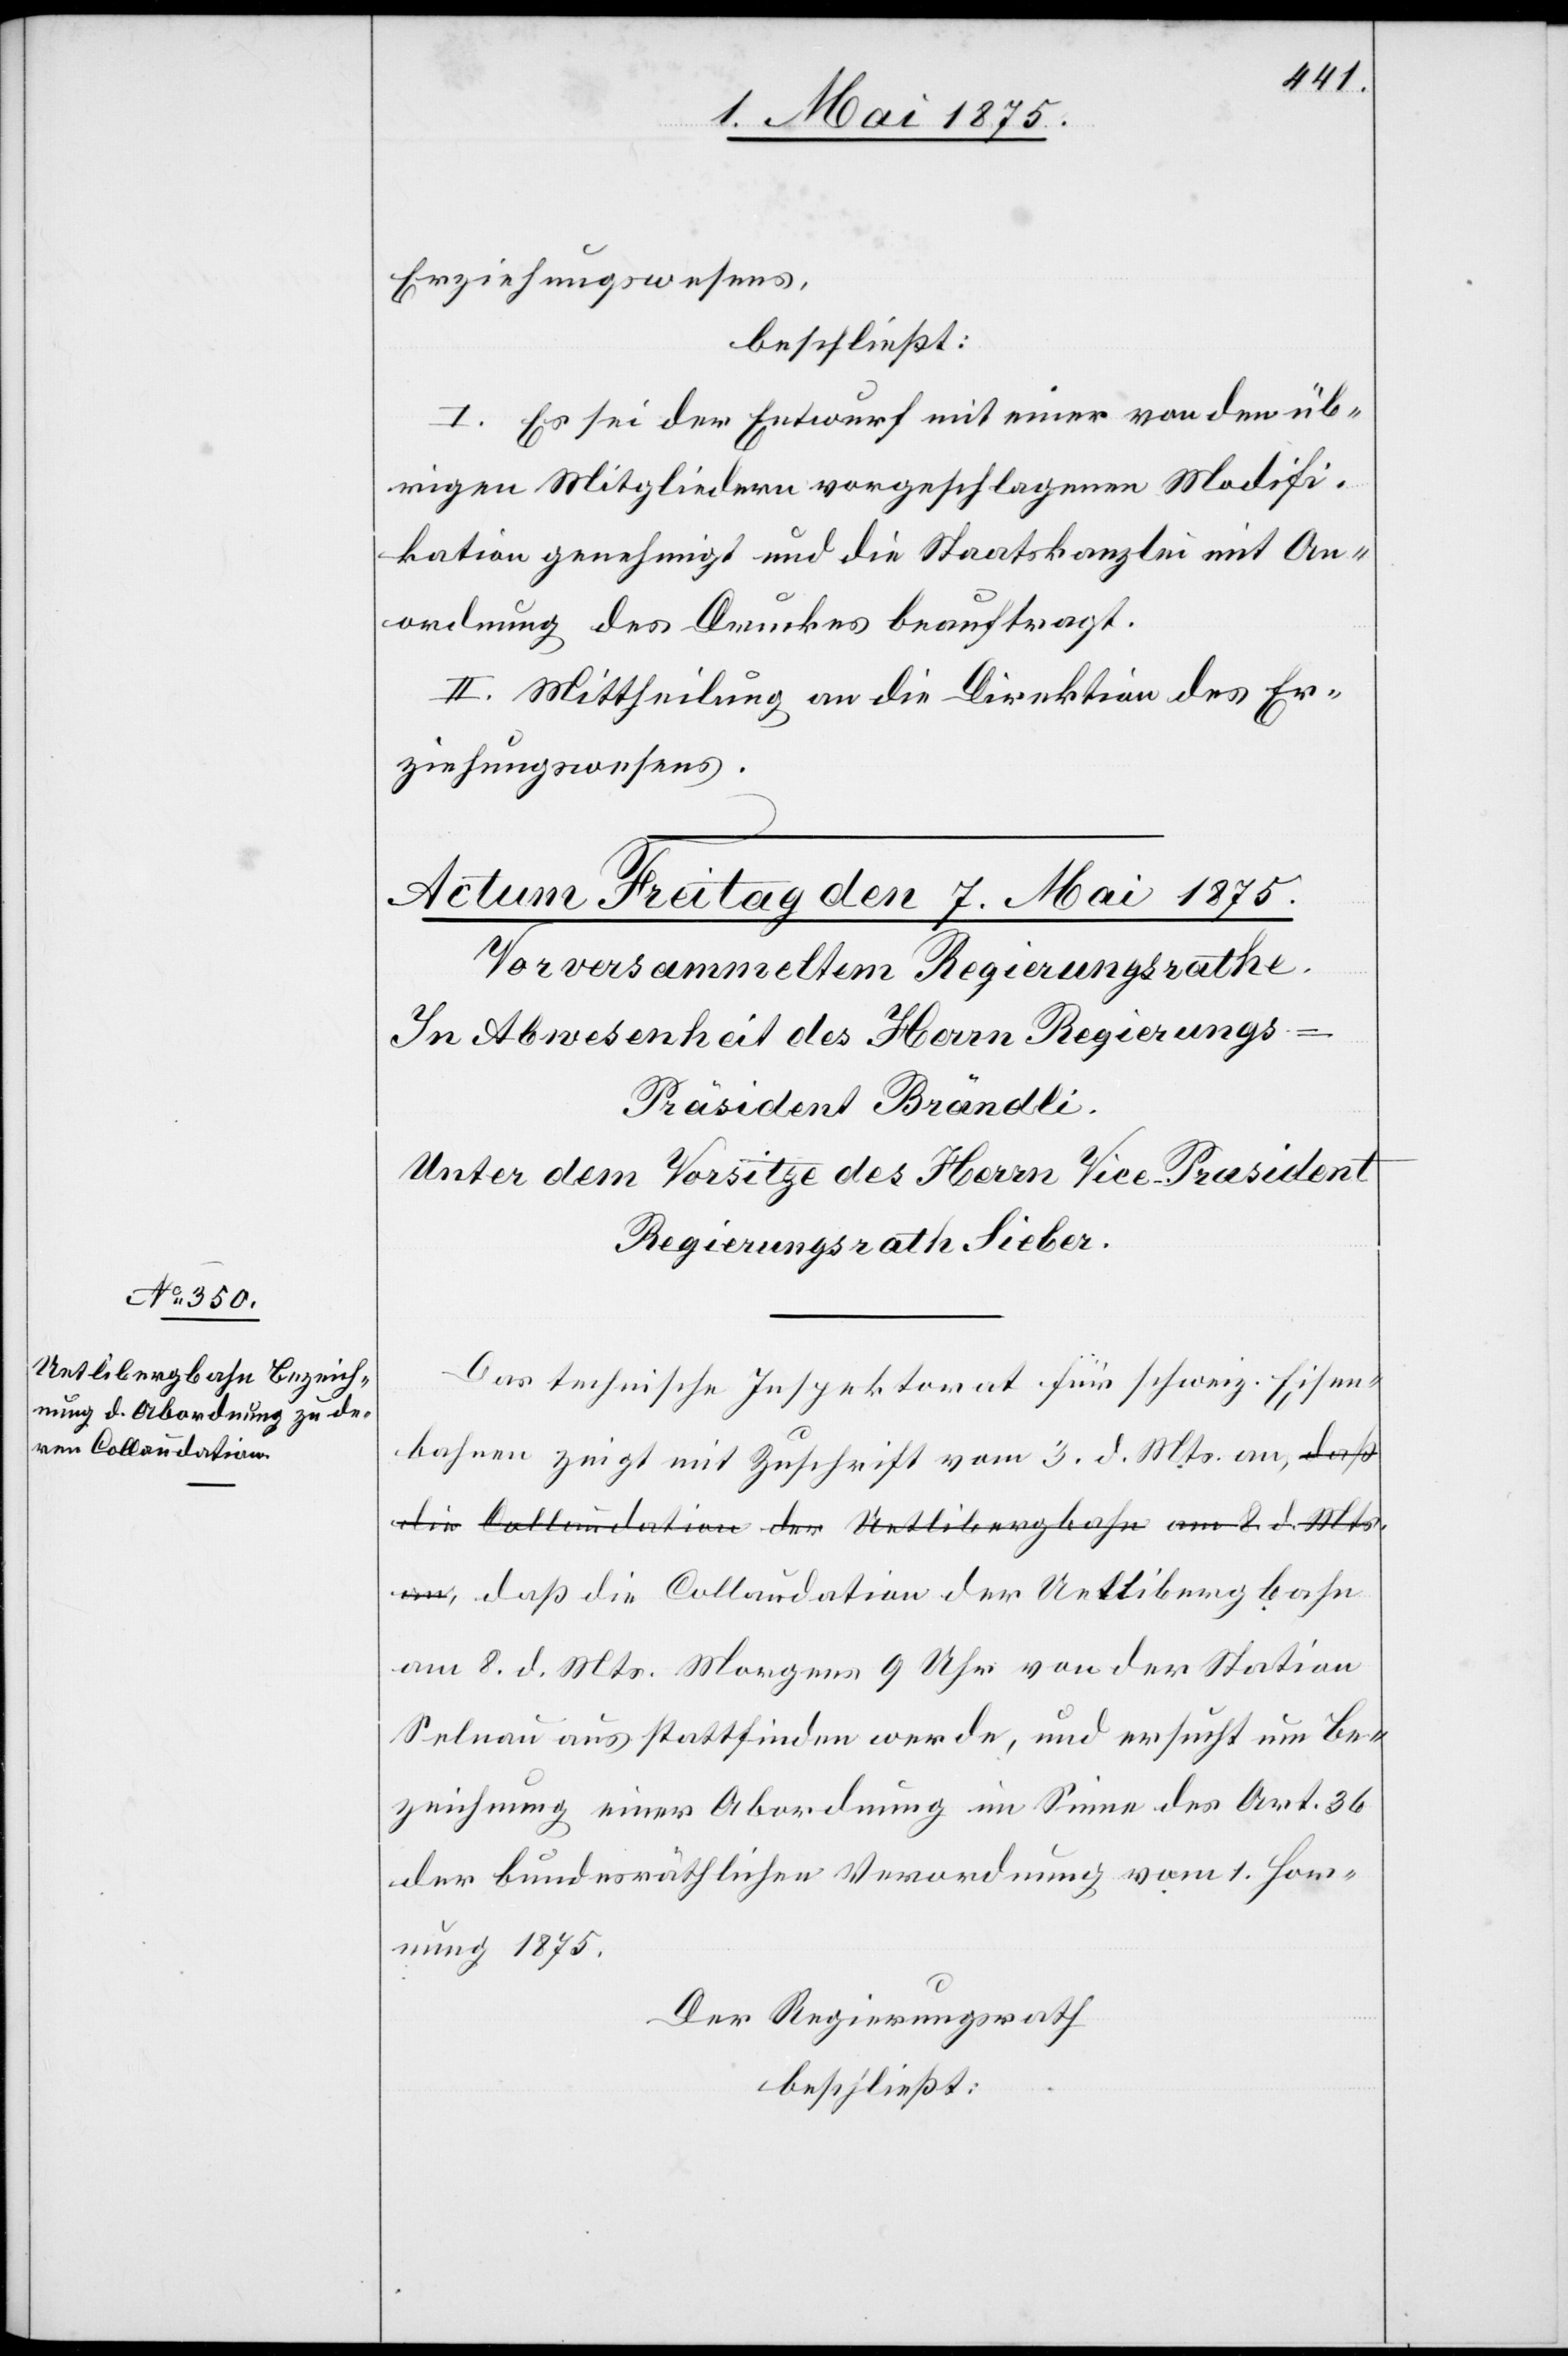
Erziehungswesens,
beschließt:
I. Es sei der Entwurf mit einer von den üb¬
rigen Mitgliedern vorgeschlagenen Modifi¬
kation genehmigt und die Staatskanzlei mit An¬
ordnung des Druckes beauftragt.
II. Mittheilung an die Direktion des Er¬
ziehungswesens.
Das technische Inspektorat für schweiz. Eisen¬
bahnen zeigt mit Zuschrift vom 3. d. Mts. an, daß
die Collaudation der Uetlibergbahn am 8. d. Mts.
Selnau aus stattfinden werde, und ersucht um Be¬
zeichnung einer Abordnung im Sinne des Art. 36
der bundesräthlichen Verordnung vom 1. Hor¬
nung 1875.
Der Regierungsrath
beschließt: